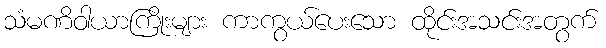
သံမဏိဝါယာကြိုးများ ကာကွယ်ပေးသော ထိုင်းအသင်းအတွက်